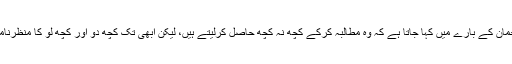
مولانا فضل الرحمان کے بارے میں کہا جاتا ہے کہ وہ مطالبہ کرکے کچھ نہ کچھ حاصل کرلیتے ہیں، لیکن ابھی تک کچھ دو اور کچھ لو کا منظرنامہ نظر نہیں آرہا۔